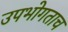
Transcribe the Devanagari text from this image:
उपभोगताच